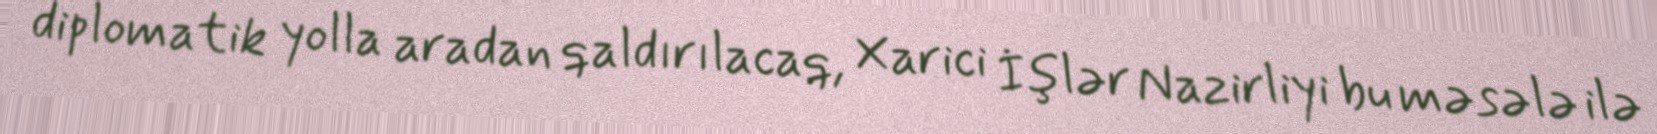
diplomatik yolla aradan qaldırılacaq, Xarici İşlər Nazirliyi bu məsələ ilə